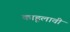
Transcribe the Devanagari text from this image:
काहूलावी